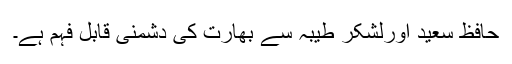
حافظ سعید اورلشکر طیبہ سے بھارت کی دشمنی قابل فہم ہے۔